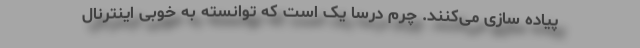
پیاده سازی می‌کنند. چرم درسا یک ا‌ست که توانسته به خوبی اینترنال